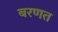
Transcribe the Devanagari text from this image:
बरणत